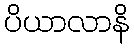
ပိယာလာနိ